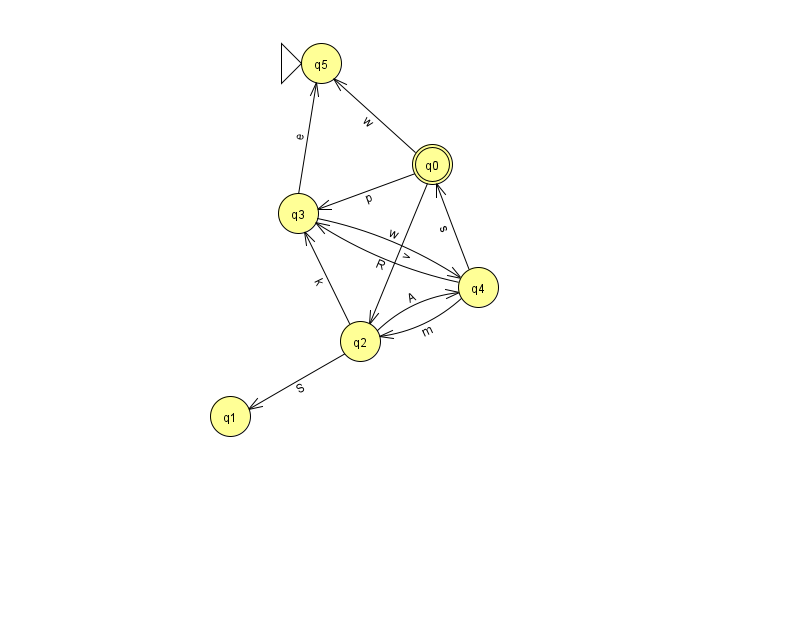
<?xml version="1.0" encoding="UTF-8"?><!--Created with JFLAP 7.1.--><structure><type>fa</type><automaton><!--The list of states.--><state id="0" name="q0"><x>432.0</x><y>151.0</y><final/></state><state id="1" name="q1"><x>230.0</x><y>403.0</y></state><state id="2" name="q2"><x>360.0</x><y>328.0</y></state><state id="3" name="q3"><x>298.0</x><y>200.0</y></state><state id="4" name="q4"><x>478.0</x><y>274.0</y></state><state id="5" name="q5"><x>321.0</x><y>50.0</y><initial/></state><!--The list of transitions.--><transition><from>4</from><to>3</to><read>R</read></transition><transition><from>3</from><to>5</to><read>e</read></transition><transition><from>0</from><to>3</to><read>p</read></transition><transition><from>3</from><to>4</to><read>w</read></transition><transition><from>4</from><to>0</to><read>s</read></transition><transition><from>2</from><to>4</to><read>A</read></transition><transition><from>0</from><to>2</to><read>v</read></transition><transition><from>0</from><to>5</to><read>w</read></transition><transition><from>4</from><to>2</to><read>m</read></transition><transition><from>2</from><to>1</to><read>S</read></transition><transition><from>2</from><to>3</to><read>k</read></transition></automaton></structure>